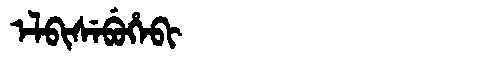
Manchu: ᡝᠯᠪᡳᠰᡝᠪᡠᡥᡝᠪᡳ
Romanization: ELBISEBUHEBI